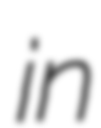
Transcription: in